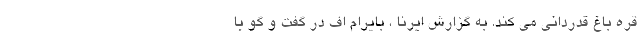
قره باغ قدردانی می کند. به گزارش ایرنا ، بایرام اف در گفت و گو با